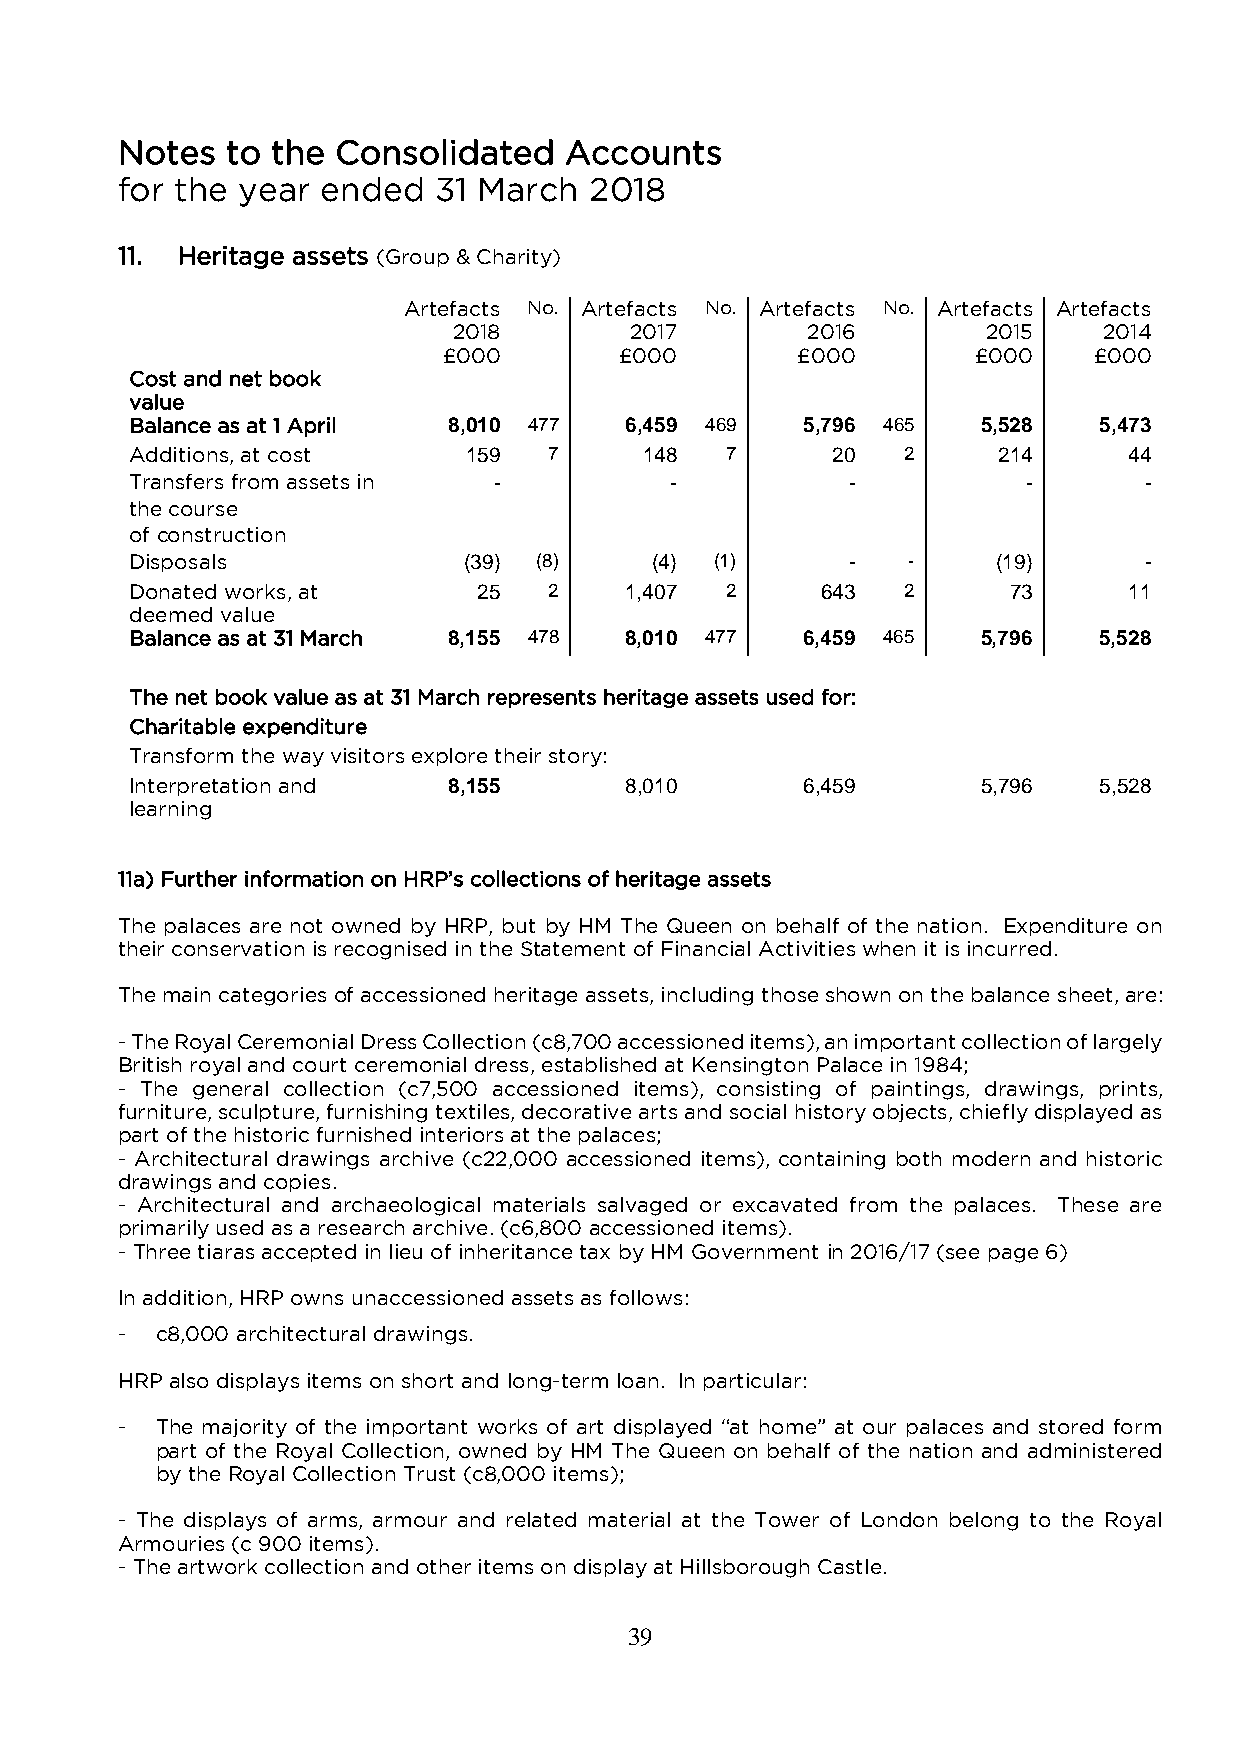
Notes  to the Consolidated   Accounts
 for the year ended   31 March  2018
 11. Heritage assets (Group & Charity)
 Artefacts No. Artefacts No. Artefacts No. Artefacts Artefacts
 2018        2017       2016        2015    2014
 £000        £000        £000        £000   £000
 Cost and net book
 value
 Balance as at 1 April 8,010 477 6,459 469   5,796 465   5,528   5,473
 Additions, at cost    159  7      148  7      20   2     214      44
 Transfers from assets in -         -           -           -       -
 the course
 of construction
 Disposals             (39) (8)    (4) (1)      -   -     (19)      -
 Donated works, at      25  2    1,407  2     643   2      73      11
 deemed value
 Balance as at 31 March 8,155 478 8,010 477  6,459 465   5,796   5,528
 The net book value as at 31 March represents heritage assets used for:
 Charitable expenditure
 Transform the way visitors explore their story:
 Interpretation and   8,155      8,010       6,459       5,796   5,528
 learning
 11a) Further information on HRP’s collections of heritage assets
 The palaces are not owned by HRP, but by HM The Queen on behalf of the nation. Expenditure on
 their conservation is recognised in the Statement of Financial Activities when it is incurred.
 The main categories of accessioned heritage assets, including those shown on the balance sheet, are:
 - The Royal Ceremonial Dress Collection (c8,700 accessioned items), an important collection of largely
 British royal and court ceremonial dress, established at Kensington Palace in 1984;
 - The general collection (c7,500 accessioned items), consisting of paintings, drawings, prints,
 furniture, sculpture, furnishing textiles, decorative arts and social history objects, chiefly displayed as
 part of the historic furnished interiors at the palaces;
 - Architectural drawings archive (c22,000 accessioned items), containing both modern and historic
 drawings and copies.
 - Architectural and archaeological materials salvaged or excavated from the palaces. These are
 primarily used as a research archive. (c6,800 accessioned items).
 - Three tiaras accepted in lieu of inheritance tax by HM Government in 2016/17 (see page 6)
 In addition, HRP owns unaccessioned assets as follows:
 - c8,000 architectural drawings.
 HRP also displays items on short and long-term loan. In particular:
 - The majority of the important works of art displayed “at home” at our palaces and stored form
 part of the Royal Collection, owned by HM The Queen on behalf of the nation and administered
 by the Royal Collection Trust (c8,000 items);
 - The displays of arms, armour and related material at the Tower of London belong to the Royal
 Armouries (c 900 items).
 - The artwork collection and other items on display at Hillsborough Castle.
 39